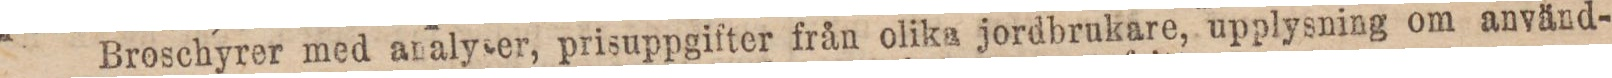
Broschyrer med analyser, prisuppgifter från olika jordbrukare, upplysning om använd-